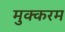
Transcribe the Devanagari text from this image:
मुक्करम